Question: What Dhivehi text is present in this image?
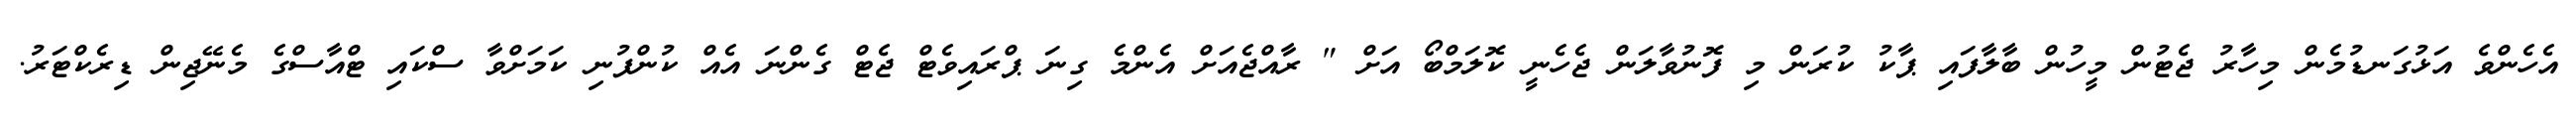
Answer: އެހެންވެ އަޅުގަނޑުމެން މިހާރު ޖެޓުން މީހުން ބާލާފައި ޕާކު ކުރަން މި ފޮނުވާލަން ޖެހެނީ ކޮލަމްބޯ އަށް " ރާއްޖެއަށް އެންމެ ގިނަ ޕްރައިވެޓް ޖެޓް ގެންނަ އެއް ކުންފުނި ކަމަށްވާ ސްކައި ޓްއާސްގެ މެނޭޖިން ޑިރެކްޓަރު.